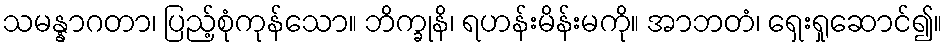
သမန္နာဂတာ၊ ပြည့်စုံကုန်သော။ ဘိက္ခုနိ၊ ရဟန်းမိန်းမကို။ အာဘတံ၊ ရှေးရှုဆောင်၍။